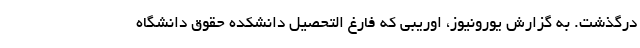
درگذشت. به گزارش یورونیوز، اوریبی که فارغ التحصیل دانشکده حقوق دانشگاه